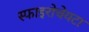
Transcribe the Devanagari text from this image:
स्फाइरोचेयटा